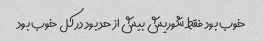
خوب بود فقط شوریش بیش از حد بود در کل خوب بود